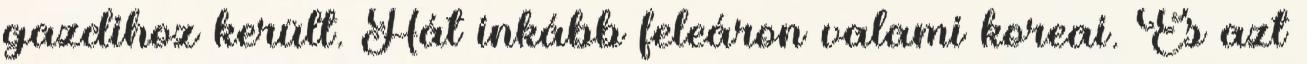
gazdihoz került. Hát inkább feleáron valami koreai. És azt